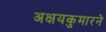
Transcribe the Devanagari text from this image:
अक्षयकुमारने